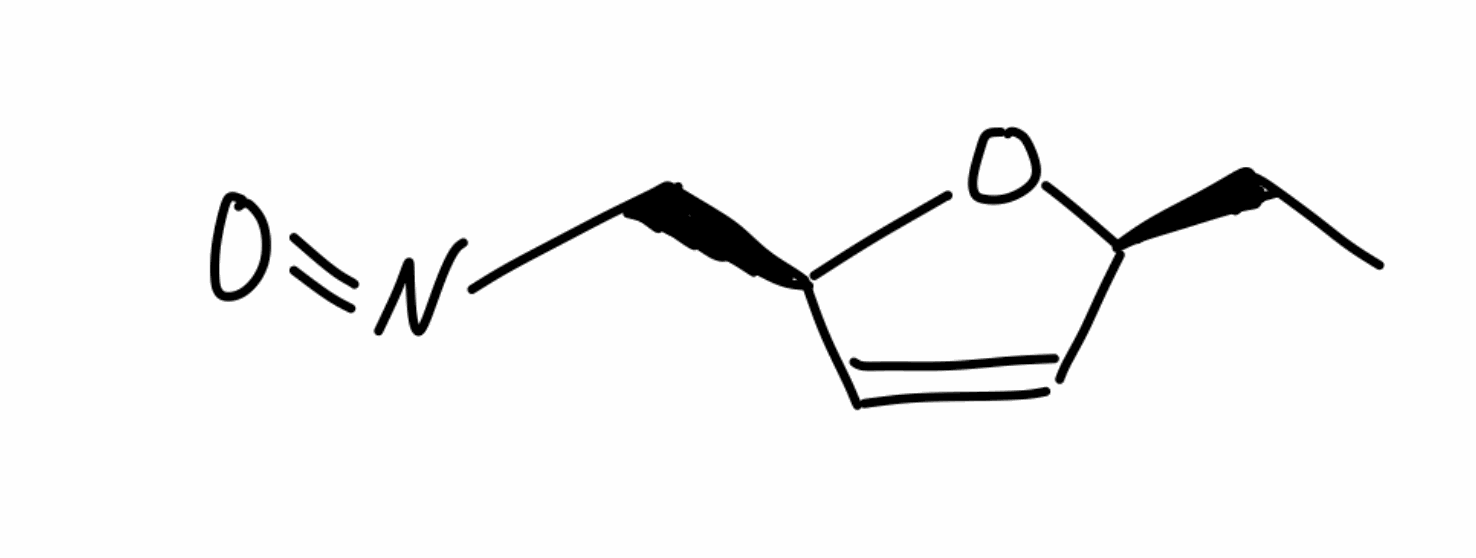
Simplified molecular-input line-entry system (SMILES) notation of the given molecule:
CC[C@H]1C=C[C@H](O1)CN=O